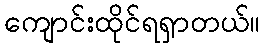
ကျောင်းထိုင်ရရှာတယ်။